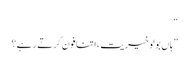
“
”ہاں بولو خیریت ،اتنا فون کرتے رہے؟